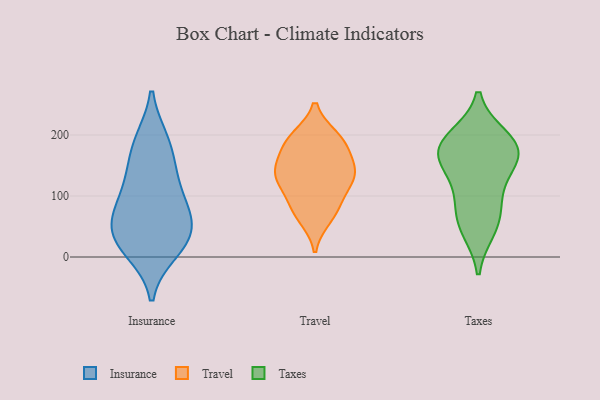
{"axis": {"x": "Operating Costs (USD K)", "y": "Value"}, "legend": ["Insurance", "Taxes", "Travel"], "data": [{"x": "", "y": 50, "type": "Insurance"}, {"x": "", "y": 190, "type": "Insurance"}, {"x": "", "y": 63, "type": "Insurance"}, {"x": "", "y": 44, "type": "Insurance"}, {"x": "", "y": 133, "type": "Insurance"}, {"x": "", "y": 10, "type": "Insurance"}, {"x": "", "y": 89, "type": "Insurance"}, {"x": "", "y": 188, "type": "Insurance"}, {"x": "", "y": 17, "type": "Insurance"}, {"x": "", "y": 29, "type": "Insurance"}, {"x": "", "y": 139, "type": "Insurance"}, {"x": "", "y": 88, "type": "Insurance"}, {"x": "", "y": 195, "type": "Travel"}, {"x": "", "y": 193, "type": "Travel"}, {"x": "", "y": 80, "type": "Travel"}, {"x": "", "y": 85, "type": "Travel"}, {"x": "", "y": 136, "type": "Travel"}, {"x": "", "y": 186, "type": "Travel"}, {"x": "", "y": 172, "type": "Travel"}, {"x": "", "y": 124, "type": "Travel"}, {"x": "", "y": 137, "type": "Travel"}, {"x": "", "y": 132, "type": "Travel"}, {"x": "", "y": 139, "type": "Travel"}, {"x": "", "y": 65, "type": "Travel"}, {"x": "", "y": 57, "type": "Taxes"}, {"x": "", "y": 168, "type": "Taxes"}, {"x": "", "y": 172, "type": "Taxes"}, {"x": "", "y": 196, "type": "Taxes"}, {"x": "", "y": 157, "type": "Taxes"}, {"x": "", "y": 115, "type": "Taxes"}, {"x": "", "y": 46, "type": "Taxes"}, {"x": "", "y": 192, "type": "Taxes"}, {"x": "", "y": 86, "type": "Taxes"}, {"x": "", "y": 168, "type": "Taxes"}]}